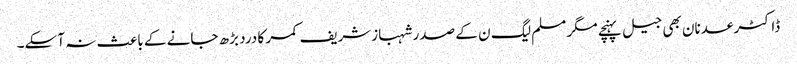
ڈاکٹر عدنان بھی جیل پہنچے مگر مسلم لیگ ن کے صدر شہبازشریف کمر کا درد بڑھ جانے کے باعث نہ آسکے۔